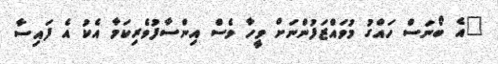
"އެ ބޯނަސް ހައްގު މުވައްޒަފުންނަށް ވީހާ ވެސް އިންސާފުވެރިކަމާ އެކު އެ ފައިސާ